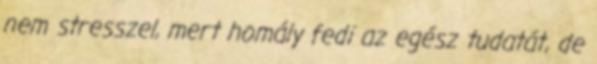
nem stresszel, mert homály fedi az egész tudatát, de